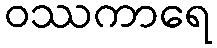
ဝဿကာရေ